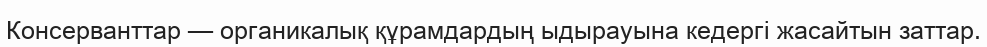
Консерванттар — органикалық құрамдардың ыдырауына кедергі жасайтын заттар.